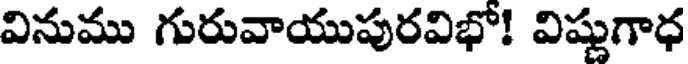
వినుము గురువాయుపురవిభో! విష్ణుగాధ